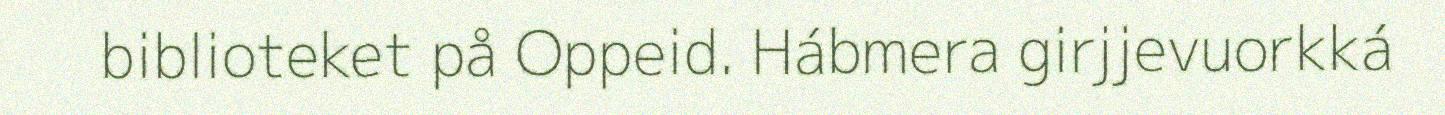
biblioteket på Oppeid. Hábmera girjjevuorkká